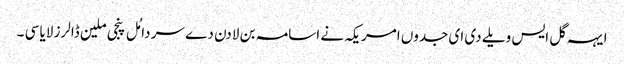
ایہہ گل ایس ویلے دی ای جدوں امریکہ نے اسامہ بن لادن دے سر دامُل پنجی ملین ڈالرز لایا سی ۔